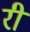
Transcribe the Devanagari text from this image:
रीं